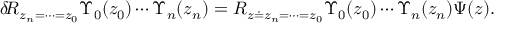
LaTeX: \delta \! { \cal R } _ { z _ { n } = \cdots = z _ { 0 } } \Upsilon _ { 0 } ( z _ { 0 } ) \cdots \Upsilon _ { n } ( z _ { n } ) = { \cal R } _ { z \doteq z _ { n } = \cdots = z _ { 0 } } \Upsilon _ { 0 } ( z _ { 0 } ) \cdots \Upsilon _ { n } ( z _ { n } ) \Psi ( z ) .